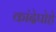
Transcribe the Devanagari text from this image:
कांदेपोहे